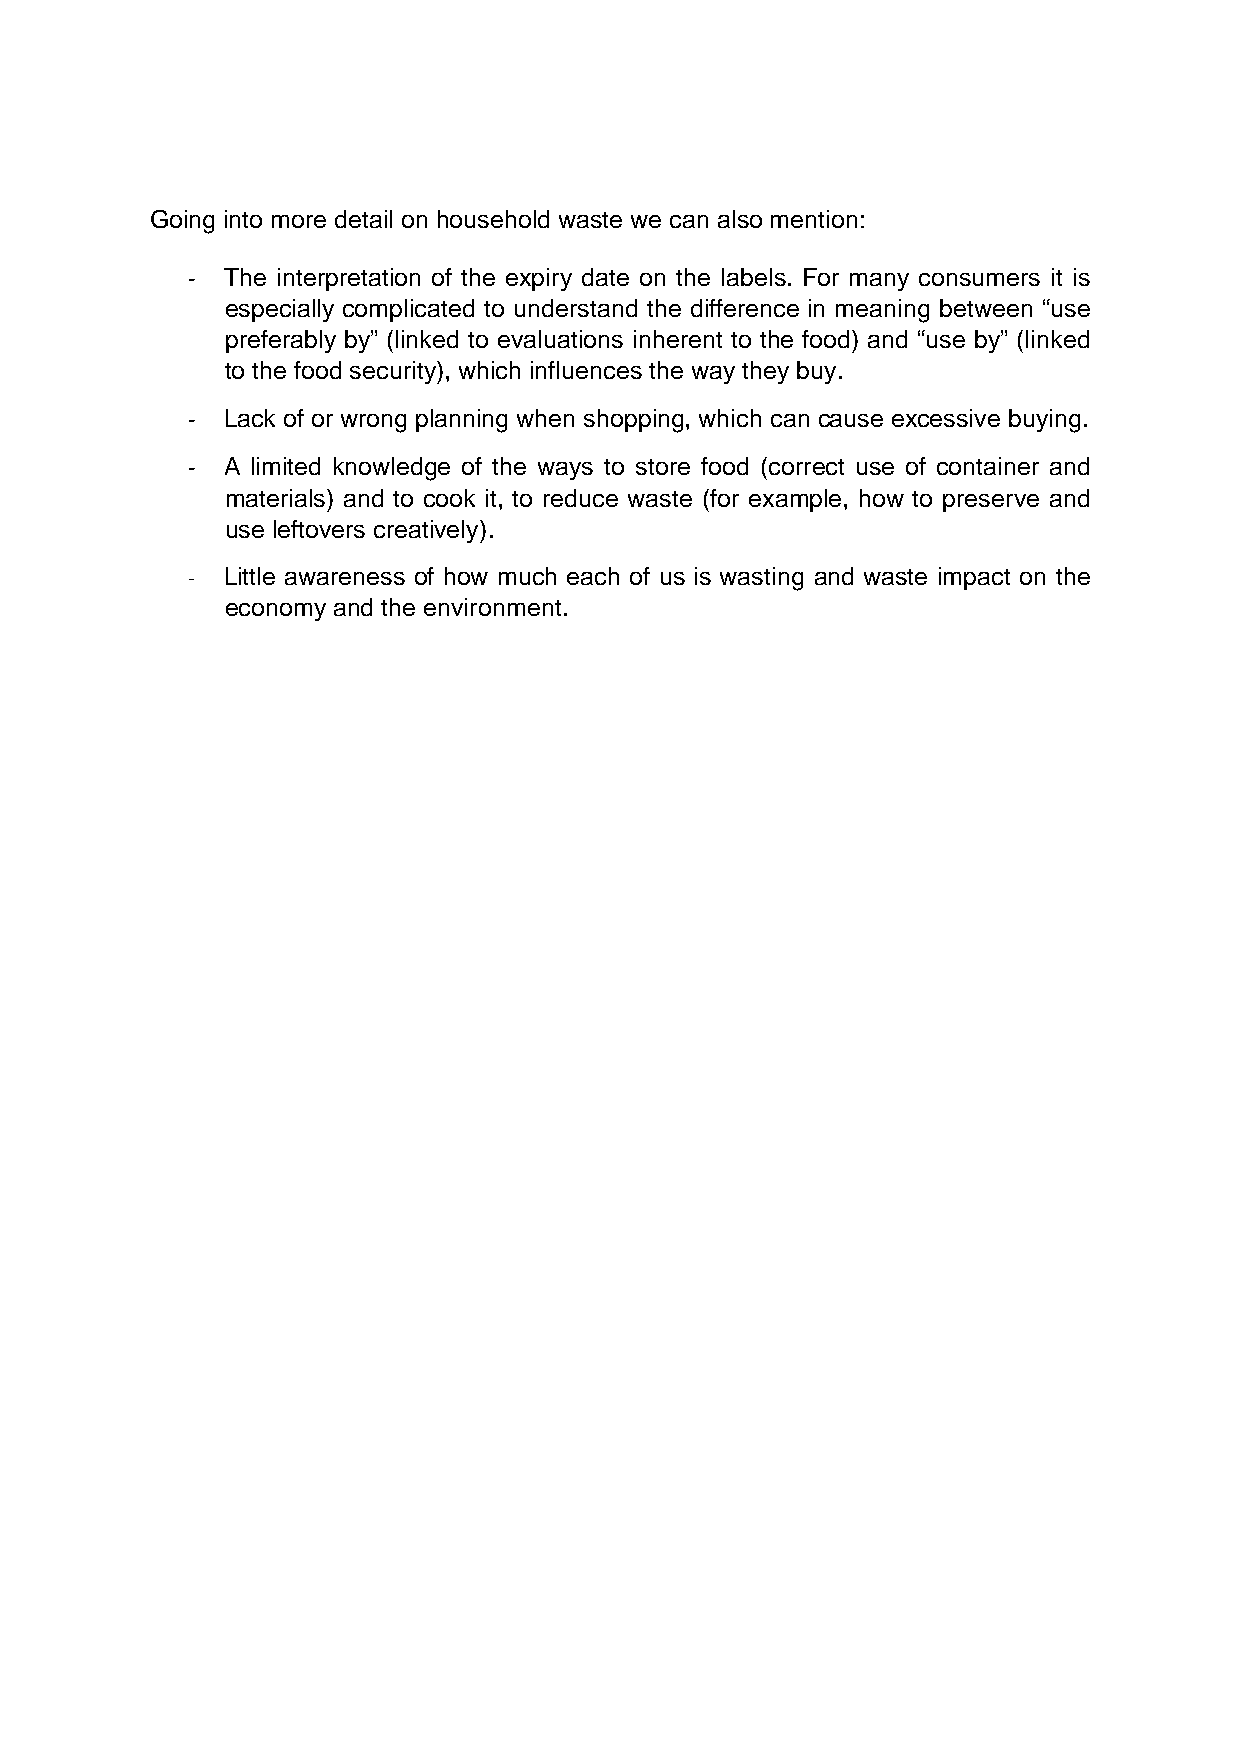
Going into more detail on household waste we can also mention:
 -  The interpretation of the expiry date on the labels. For many consumers it is
 especially complicated to understand the difference in meaning between “use
 preferably by” (linked to evaluations inherent to the food) and “use by” (linked
 to the food security), which influences the way they buy.
 -  Lack of or wrong planning when shopping, which can cause excessive buying.
 -  A limited knowledge of the ways to store food (correct use of container and
 materials) and to cook it, to reduce waste (for example, how to preserve and
 use leftovers creatively).
 -  Little awareness of how much each of us is wasting and waste impact on the
 economy and the environment.